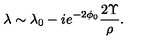
\lambda \sim \lambda _ { 0 } - i e ^ { - 2 \phi _ { 0 } } \frac { 2 \Upsilon } { \rho } .